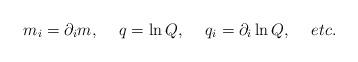
LaTeX: \begin{align*}m_i=\partial_i m , \hspace{0.2in} q= \ln Q ,\hspace{0.2in} q_i=\partial_i\ln Q, \hspace{0.2in} etc.\end{align*}